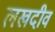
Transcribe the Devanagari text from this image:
लखदीव